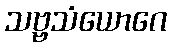
သဗ္ဗသံယောဂေ